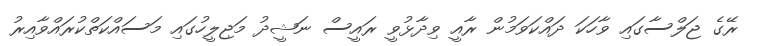
ރޭގެ ޖަލްސާގައި ވާހަކަ ދައްކަވަމުން ރާއީ ވިދާޅުވީ ރައީސް ނަޝީދު މަޖިލީހުގައި މަސައްކަތްކުރައްވާއިރު